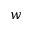
w